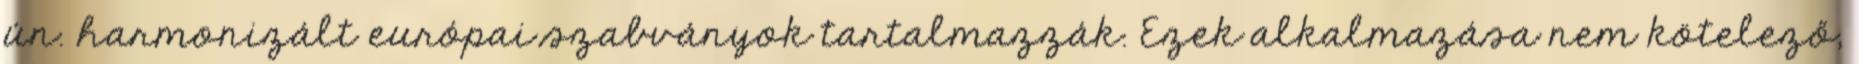
ún. harmonizált európai szabványok tartalmazzák. Ezek alkalmazása nem kötelező,